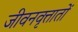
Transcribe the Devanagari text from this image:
जीवनवृत्तातों